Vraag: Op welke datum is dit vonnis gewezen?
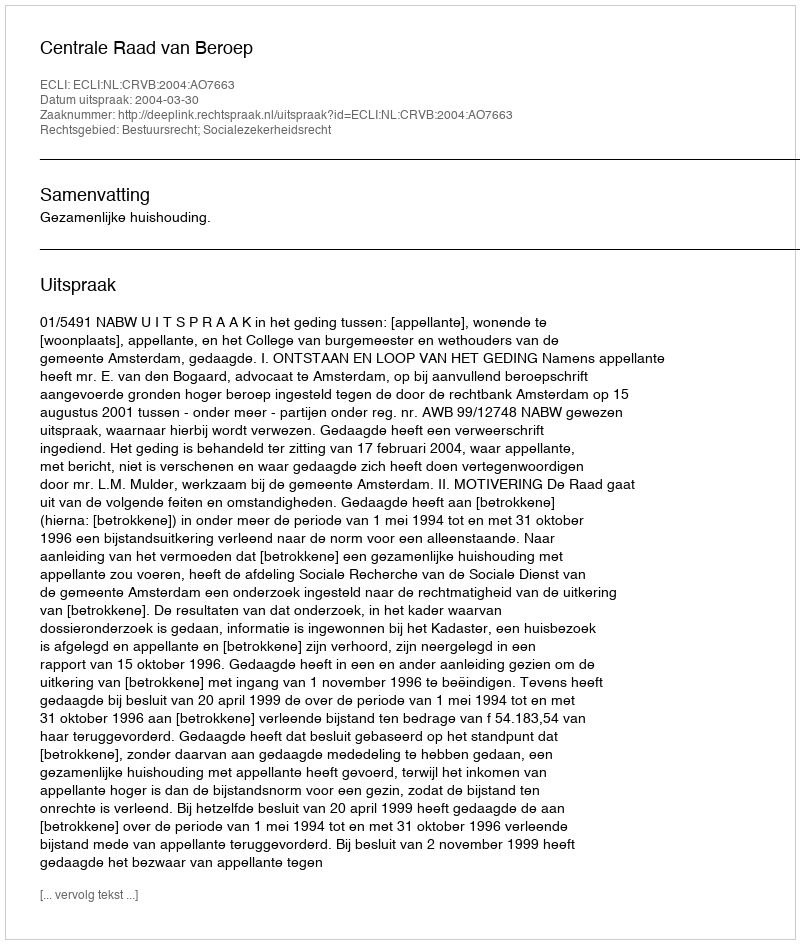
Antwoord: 2004-03-30